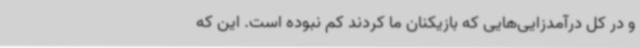
و در کل درآمدزایی‌هایی که بازیکنان ما کردند کم نبوده است. این که